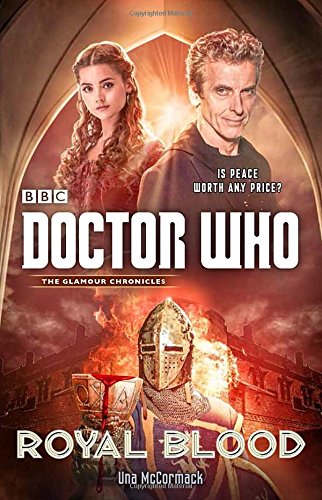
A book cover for Doctor Who: Royal Blood; Una Mccormack; Science Fiction & Fantasy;